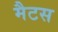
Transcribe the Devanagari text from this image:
मैटस